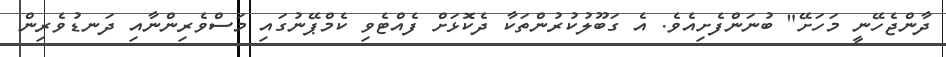
ދާންޖެހޭނީ މަހަށޭ" ބުނަންފެށިއެވެ. އެ ގަބޫލުކުރުންތަކާ ދެކޮޅަށް ފެއްޓެވި ކެމްޕޭނުގައި މަސްވެރިންނާއި ދަނޑުވެރިން